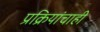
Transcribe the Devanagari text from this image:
प्रक्रियांचाही